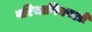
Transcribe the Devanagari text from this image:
परिचायिकाओ